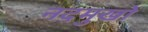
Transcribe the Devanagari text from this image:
नदमुखों